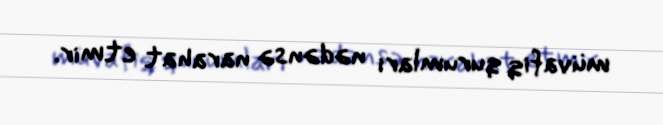
müvafiq qurumları nədənsə narahat etmir.